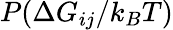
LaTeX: P(\Delta G_{ij}/k_{B}T)